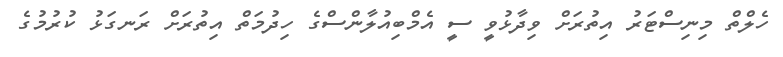
ހެލްތް މިނިސްޓަރު އިތުރަށް ވިދާޅުވީ ސީ އެމްބިއުލާންސްގެ ހިދުމަތް އިތުރަށް ރަނގަޅު ކުރުމުގެ